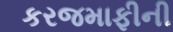
કરજમાફીની